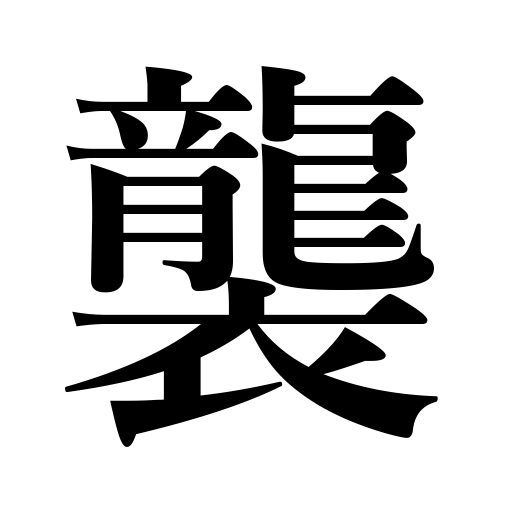
Meanings: attack,advance on,succeed to,call unexpectedly